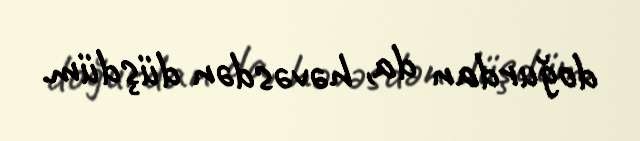
doğurdan da, həvəsdən düşdüm.